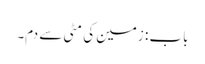
باب : زمین کی مٹی سے دم۔